Sketch of the medical history of the native army of Bombay, for the year
Year: 1872
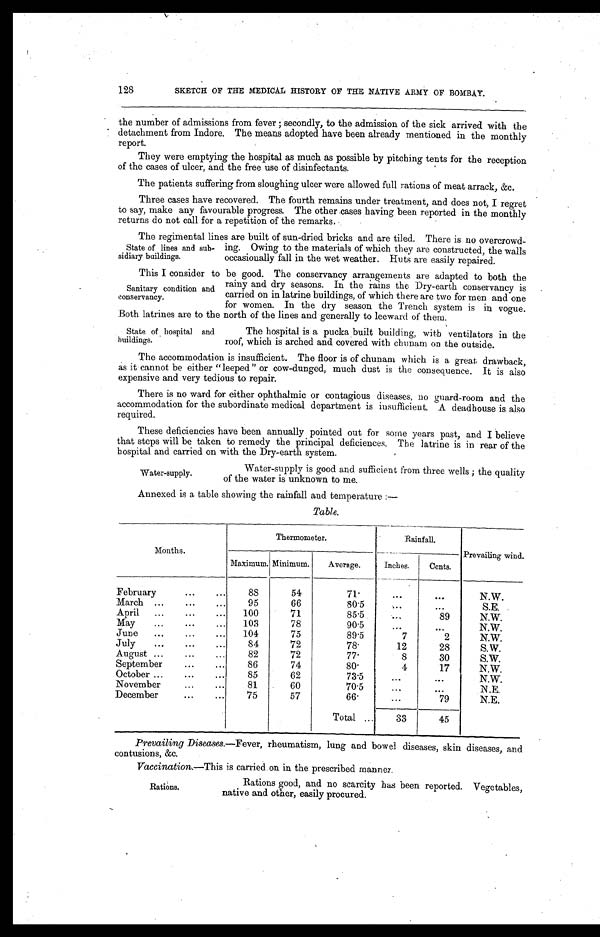
128
SKETCH OF THE MEDICAL HISTORY OF THE NATIVE ARMY OF BOMBAY.
the number of admissions from fever ; secondly, to the admission of the sick arrived with the
detachment from Indore. The means adopted have been already mentioned in the monthly
report.
They were emptying the hospital as much as possible by pitching tents for the reception
of the cases of ulcer, and the free use of disinfectants.
The patients suffering from sloughing ulcer were allowed full rations of meat arrack, &c.
Three cases have recovered. The fourth remains under treatment, and does not, I regret
to say, make any favourable progress. The other cases having been reported in the monthly
returns do not call for a repetition of the remarks,
The regimental lines are built of sun-dried bricks and are tiled. There is no overcrowd
ing. Owing to the materials of which they are constructed, the walls
occasionally fall in the wet weather. Huts are easily repaired.
This I consider to be good. The conservancy arrangements are adapted to both the
rainy and dry seasons. In the rains the Dry-earth conservancy is
carried on in latrine buildings, of which there are two for men and one
for women. In the dry season the Trench system is in vogue.
Both latrines are to the north of the lines and generally to leeward of them.
State of lines and sub
-sidiary buildings.
Sanitary condition and
conservancy.
State of hospital and
buildings.
The hospital is a pucka built building, with ventilators in the
roof, which is arched and covered with chunam on the outside.
The accommodation is insufficient. The floor is of chunam which is a great drawback,
as it cannot be either "leeped" or cow-dunged, much dust is the consequence. It is also
expensive and very tedious to repair.
There is no ward for either ophthalmic or contagious diseases, no guard-room and the
accommodation for the subordinate medical department is insufficient. A deadhouse is also
required.
These deficiencies have been annually pointed out for some years past, and I believe
that steps will be taken to remedy the principal deficiences. The latrine is in rear of the
hospital and carried on with the Dry-earth system.
Water-supply is good and sufficient from three wells ; the quality
of the water is unknown to me.
Annexed is a table showing the rainfall and temperature
: —
Table.
Months.
Thermometer.
Rainfall.
Prevailing wind.
Maximum. Minimum.
Average.
Inches.
Cents.
February . . .
88
54
71.
. . .
. . .
N.W.
March . . .
95
66
80.5
. . .
. . .
S.E.
April . . .
100
71
85.5
. . .
89
N.W.
May . . .
103
78
90.5
. . .
. . .
N.W.
June . . .
104
75
89.5
7
2
N.W.
July . . .
84
72
78.
12
28
S.W.
August
. . .
82
72
77.
8
30
S.W.
September . . .
86
74
8 0 .
4
17
N.W.
October . . .
85
62
73.5
. . .
. . .
N.W.
November . . .
81
60
70.5
. . .
. . .
N.E.
December . . .
75
57
66.
. . .
79
N.E.
Total . . .
33
45
Prevailing Diseases.— Fever, rheumatism, lung and bowel diseases, skin diseases, and
contusions, &c.
Vaccination.— This is carried on in the prescribed manner.
Water-supply.
Rations.
Rations good, and no scarcity has been reported. Vegetables,
native and other, easily procured.